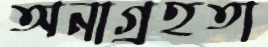
অনাগ্রহতা